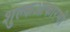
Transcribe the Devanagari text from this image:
शुल्कआकारणी